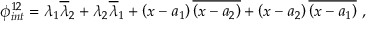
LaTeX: \phi _ { i n t } ^ { 1 2 } = \lambda _ { 1 } \overline { { { \lambda } } } _ { 2 } + \lambda _ { 2 } \overline { { { \lambda } } } _ { 1 } + \left( x - a _ { 1 } \right) \overline { { { \left( x - a _ { 2 } \right) } } } + \left( x - a _ { 2 } \right) \overline { { { \left( x - a _ { 1 } \right) } } } \ ,